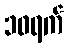
၁၀ရက်